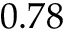
0 . 7 8